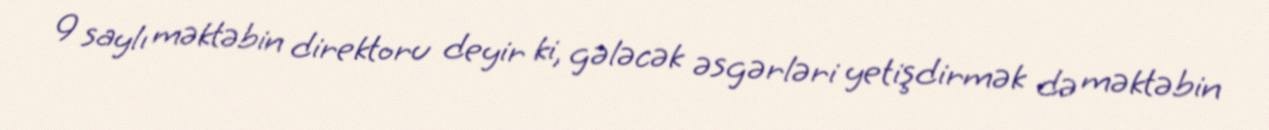
9 saylı məktəbin direktoru deyir ki, gələcək əsgərləri yetişdirmək də məktəbin